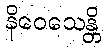
နိဝေသေန္တိ